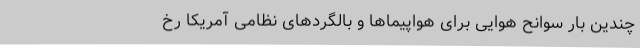
چندین بار سوانح هوایی برای هواپیما‌ها و بالگرد‌های نظامی آمریکا رخ